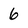
Character: 6